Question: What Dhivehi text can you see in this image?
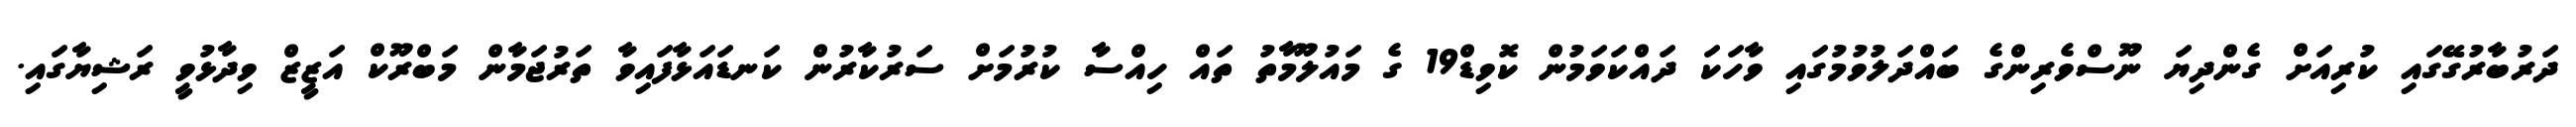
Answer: ދަރުބާރުގޭގައި ކުރިއަށް ގެންދިޔަ ނޫސްވެރިންގެ ބައްދަލުވުމުގައި ވާހަކަ ދައްކަވަމުން ކޮވިޑް19 ގެ މައުލޫމާތު ތައް ހިއްސާ ކުރުމަށް ސަރުކާރުން ކަނޑައަޅާފައިވާ ތަރުޖަމާން މަބްރޫކް އަޒީޒް ވިދާޅުވީ ރަޝިޔާގައި.